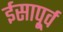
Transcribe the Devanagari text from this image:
ईसापू्र्व